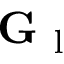
\mathbf { G } _ { \mathrm { ~ l ~ } }